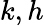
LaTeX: k,h